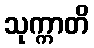
သုက္ကာတိ